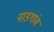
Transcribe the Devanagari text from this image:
नाडगांव